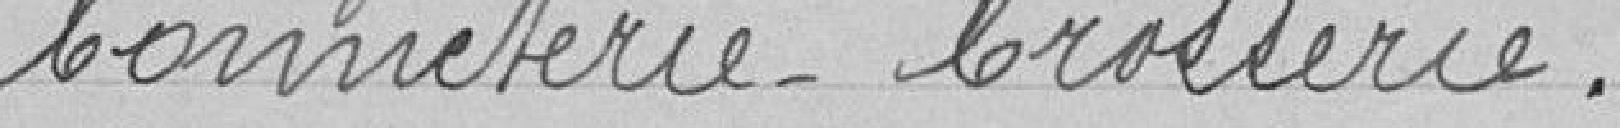
bonneterie- brosserie.